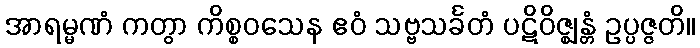
အာရမ္မဏံ ကတွာ ကိစ္စဝသေန ဧဝံ သဗ္ဗသင်္ခတံ ပဋိဝိဇ္ဈန္တံ ဥပ္ပဇ္ဇတိ။